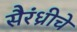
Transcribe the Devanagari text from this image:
सैरंध्रीचे